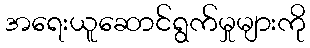
အရေးယူဆောင်ရွက်မှုများကို